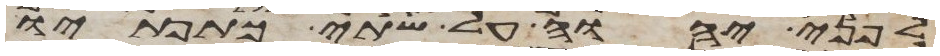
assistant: לפני יהוה על שתי כתפתיו